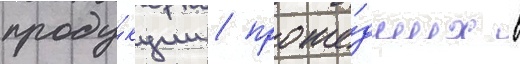
проду́кции / проше́дших в